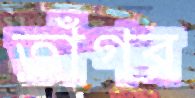
তাঁগর